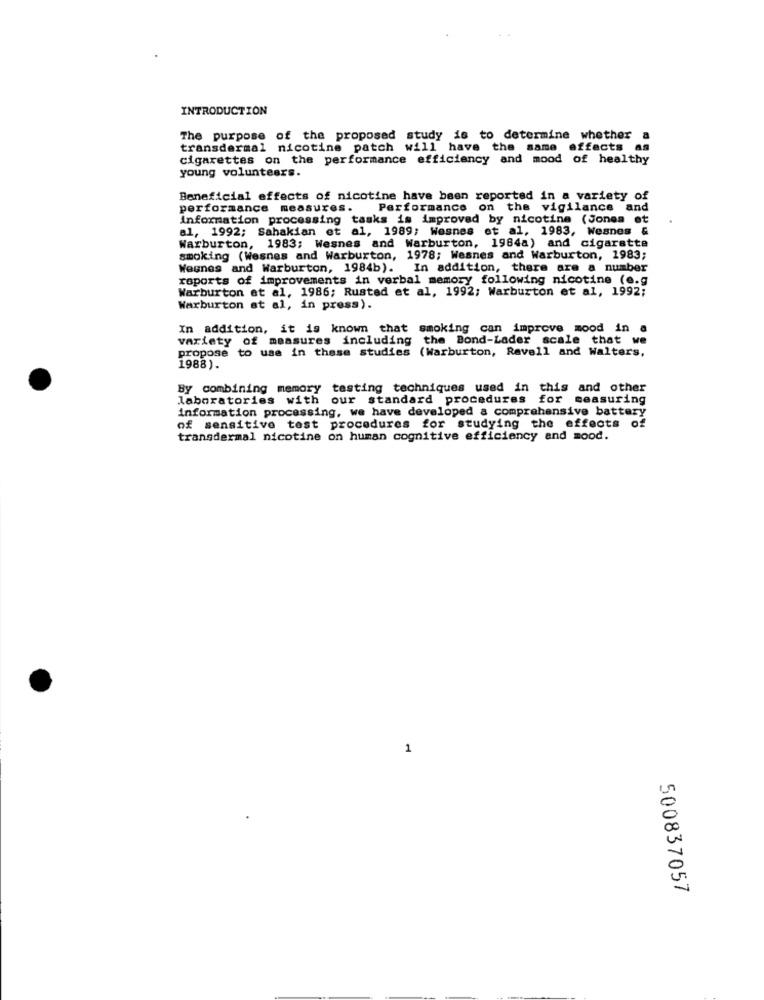
INTRODUCTION
The purpose of the proposed study is to determine whether a
transdermal nicotine patch will have the same effects as
cigarettes on the performance efficiency and mood of healthy
young volunteers.
Beneficial effects of nicotine have been reported in a variety of
performance measures.
Performance on the vigilance and
information processing tasks is improved by nicotine (Jones et
al, 1992; Sahakian et al, 1989; Wesnes et al, 1983, Wesnes &
Warburton, 1983; Wesnes and Warburton, 1964a) and cigarette
smoking (Wesnes and Warburton, 1978; Wesnes and Warburton, 1983;
Wegnes and Warburton, 1984b). In addition, there are a number
reports of improvements in verbal memory following nicotine (e.g
Warburton et al, 1986; Rusted et al, 1992; Warburton et al, 1992;
Warburton at al, in press).
In addition, it is known that smoking can improve mood in a
variety of measures including the Bond-Lader scale that we
propose to use in these studies (Warburton, Ravell and Walters,
1988).
By combining memory testing techniques used in this and other
laboratories with our standard procedures for measuring
information processing, we have developed a comprehensive battery
of sensitive test procedures for studying the effects of
transdermal nicotine on human cognitive efficiency and mood.
1
500837057